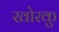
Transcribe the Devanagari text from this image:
खोरकु